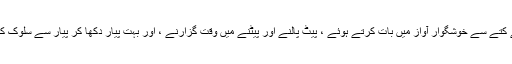
اپنے کتے سے خوشگوار آواز میں بات کرتے ہوئے ، پیٹ پالنے اور پیٹنے میں وقت گزارنے ، اور بہت پیار دکھا کر پیار سے سلوک کریں۔